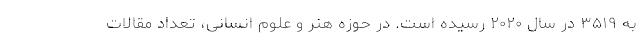
به ۳۵۱۹ در سال ۲۰۲۰ رسیده است. در حوزه هنر و علوم انسانی، تعداد مقالات